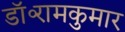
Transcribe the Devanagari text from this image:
डॉ॰रामकुमार